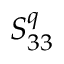
S _ { 3 3 } ^ { q }